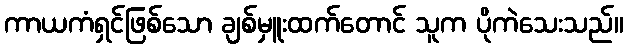
ကာယကံရှင်ဖြစ်သော ချစ်မှူးထက်တောင် သူက ပိုကဲသေးသည်။